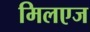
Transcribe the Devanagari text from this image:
मिलएज